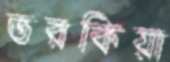
তরকিয়া